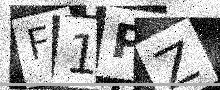
Text: F1PZ